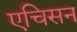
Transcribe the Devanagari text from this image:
एचिसन